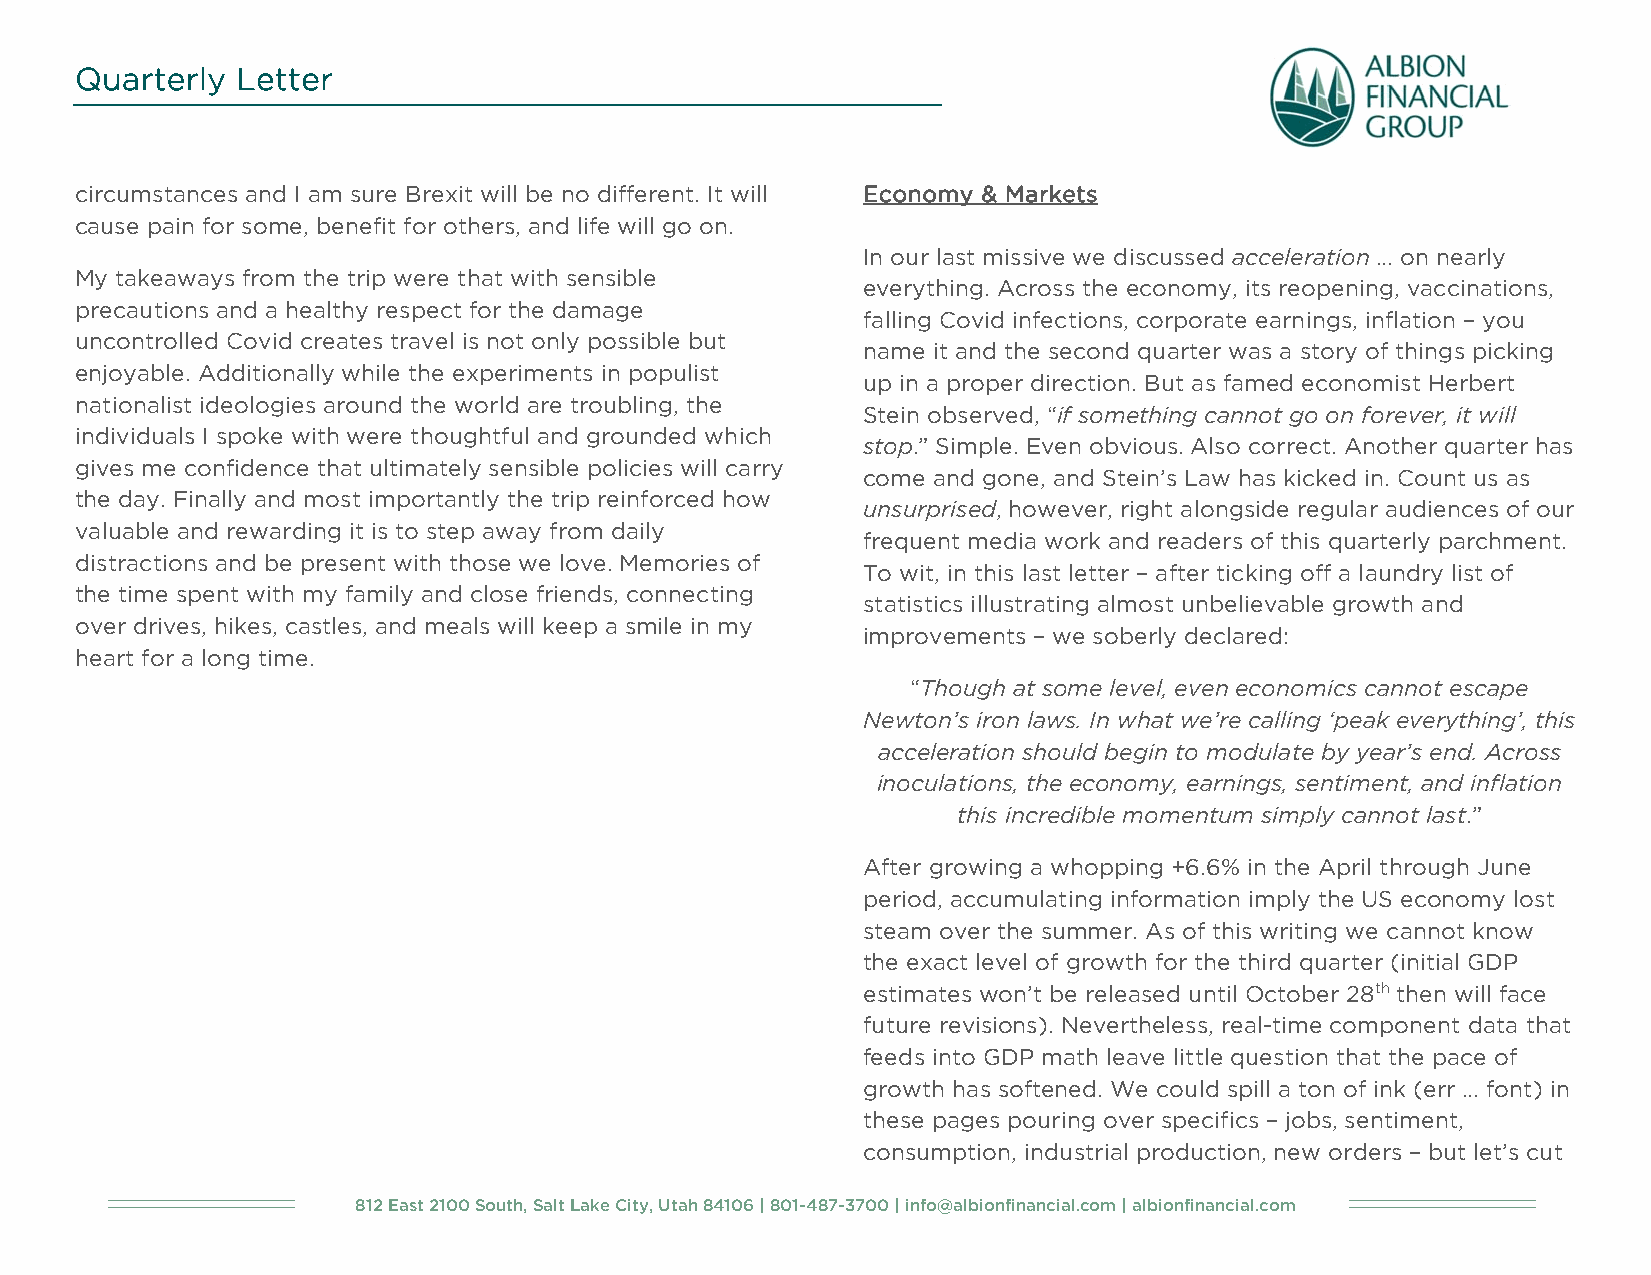
Quarterly  Letter
 circumstances and I am sure Brexit will be no different. It will Economy & Markets
 cause pain for some, benefit for others, and life will go on.
 In our last missive we discussed acceleration … on nearly
 My takeaways from the trip were that with sensible
 everything. Across the economy, its reopening, vaccinations,
 precautions and a healthy respect for the damage
 falling Covid infections, corporate earnings, inflation – you
 uncontrolled Covid creates travel is not only possible but
 name it and the second quarter was a story of things picking
 enjoyable. Additionally while the experiments in populist
 up in a proper direction. But as famed economist Herbert
 nationalist ideologies around the world are troubling, the
 Stein observed, “if something cannot go on forever, it will
 individuals I spoke with were thoughtful and grounded which
 stop.” Simple. Even obvious. Also correct. Another quarter has
 gives me confidence that ultimately sensible policies will carry
 come and gone, and Stein’s Law has kicked in. Count us as
 the day. Finally and most importantly the trip reinforced how
 unsurprised, however, right alongside regular audiences of our
 valuable and rewarding it is to step away from daily
 frequent media work and readers of this quarterly parchment.
 distractions and be present with those we love. Memories of
 To wit, in this last letter – after ticking off a laundry list of
 the time spent with my family and close friends, connecting
 statistics illustrating almost unbelievable growth and
 over drives, hikes, castles, and meals will keep a smile in my
 improvements – we soberly declared:
 heart for a long time.
 “Though at some level, even economics cannot escape
 Newton’s iron laws. In what we’re calling ‘peak everything’, this
 acceleration should begin to modulate by year’s end. Across
 inoculations, the economy, earnings, sentiment, and inflation
 this incredible momentum simply cannot last.”
 After growing a whopping +6.6% in the April through June
 period, accumulating information imply the US economy lost
 steam over the summer. As of this writing we cannot know
 the exact level of growth for the third quarter (initial GDP
 estimates won’t be released until October 28th then will face
 future revisions). Nevertheless, real-time component data that
 feeds into GDP math leave little question that the pace of
 growth has softened. We could spill a ton of ink (err … font) in
 these pages pouring over specifics – jobs, sentiment,
 consumption, industrial production, new orders – but let’s cut
 812 East 2100 South, Salt Lake City, Utah 84106 | 801-487-3700 | info@albionfinancial.com | albionfinancial.com